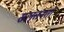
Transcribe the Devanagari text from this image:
सल़्तनतों